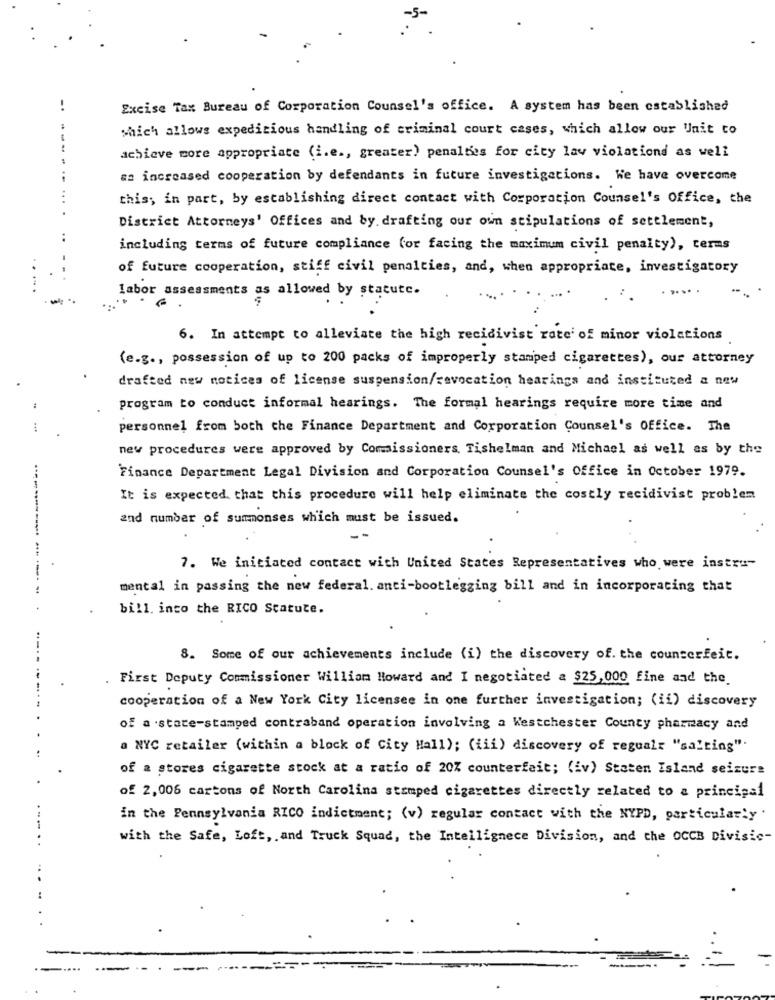
-.
Excise Tax Bureau of Corporation Counsel's office. A system has been established
which allows expeditious handling of criminal court cases, which allow our Unit to
achieve more appropriate (i.e ., greater) penalties for city lav violationd as well
sa increased cooperation by defendants in future investigations. We have overcome
this; in part, by establishing direct contact with Corporation Counsel's Office, the
District Attorneys' Offices and by. drafting our own stipulations of settlement,
..
including terms of future compliance (or facing the maximum civil penalty), terms
of future cooperation, stiff civil penalties, and, when appropriate, investigatory
labor assessments as allowed by statute.
6. In attempt to alleviate the high recidivist rate' of minor violations
(e.g ., possession of up to 200 packs of improperly stamped cigarettes), our attorney
drafted new notices of license suspension/revocation hearings and instituted a new
Program to conduct informal hearings. The formal hearings require more time and
personnel from both the Finance Department and Corporation Counsel's Office. The
new procedures were approved by Commissioners. Tishelman and Michael as well as by the
Finance Department Legal Division and Corporation Counsel's Office in October 1979.
It is expected that this procedure will help eliminate the costly recidivist problem
and number of summonses which must be issued.
7. We initiated contact with United States Representatives who were instru-
----- ---- -
mental in passing the new federal. anti-bootlegging bill and in incorporating that
bill. inco the RICO Statute.
8. Some of our achievements include (i) the discovery of. the counterfeit.
. First Deputy Commissioner William Howard and I negotiated a $25,000 fine and the.
cooperation of a New York City licensee in one further investigation; (ii) discovery
of a stare-stamped contraband operation involving a Westchester County pharmacy and
a NYC retailer (within a block of City Hall); (iii) discovery of regualr "salting".
of a stores cigarette stock at a ratio of 20% counterfeit; (iv) Staten Island seizure
of 2,006 cartons of North Carolina stamped cigarettes directly related to a principal
in the Pennsylvania RICO indictment; (v) regular contact with the NYPD, particularly.
with the Safe, Loft, and Truck Squad, the Intellignece Division, and the OCCB Divisic-